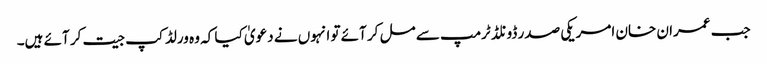
جب عمران خان امریکی صدر ڈونلڈ ٹرمپ سے مل کر آئے تو انہوں نے دعویٰ کیا کہ وہ ورلڈ کپ جیت کر آئے ہیں۔